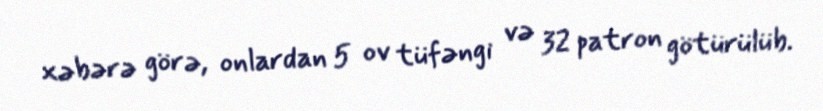
xəbərə görə, onlardan 5 ov tüfəngi və 32 patron götürülüb.